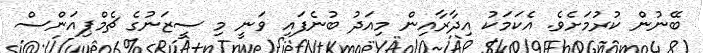
ބޭނުން ކުރުމަށެވެ. އެކަމަކު އިދާރާއިން މިއަދު ބުނެފައި ވަނީ މި ސީޒަނުގެ ޗެމްޕިއަންސް